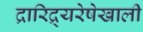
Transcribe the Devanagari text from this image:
द्रारिद्र्यरेषेखाली